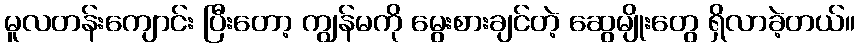
မူလတန်းကျောင်း ပြီးတော့ ကျွန်မကို မွေးစားချင်တဲ့ ဆွေမျိုးတွေ ရှိလာခဲ့တယ်။